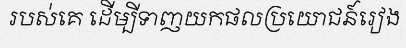
របស់គេ ដើម្បីទាញយកផលប្រយោជន៍រៀង